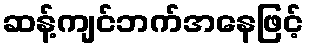
ဆန့်ကျင်ဘက်အနေဖြင့်